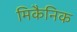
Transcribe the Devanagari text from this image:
मिकैनिक